Leaving Certificate Examination, 1905
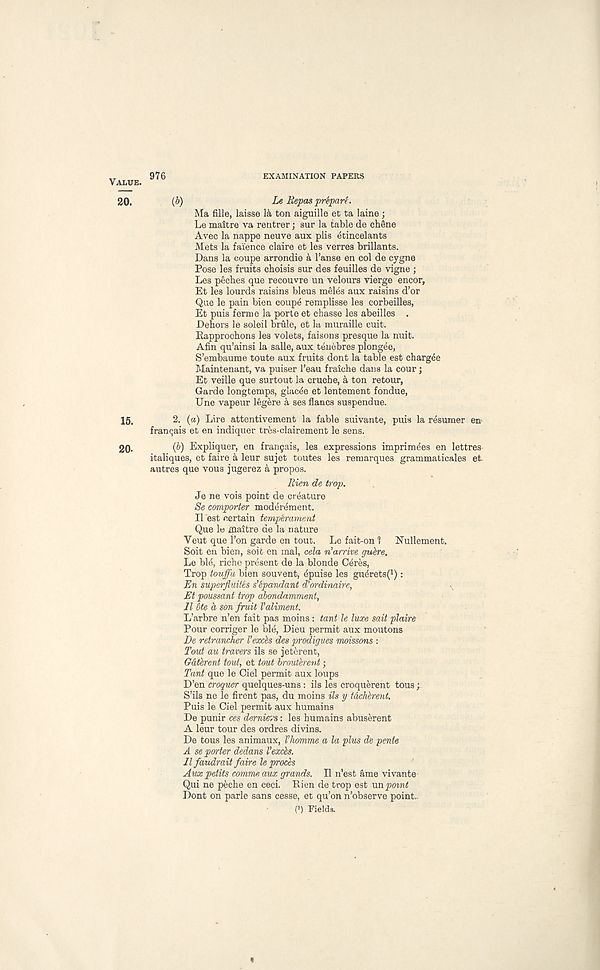
976
EXAMINATION PAPERS
VALUE.
20.
(b)
Le Repos prepare.
Ma fille, laisse la ton aiguille et ta laine ;
Le maitre va rentrer; sur la table de chene
Avec la nappe neuve aux plis etincelants
Mets la faience claire et les verres brillants.
Dans la coupe arrondie & I’anse en col de cygne
Pose les fruits choisis sur des feuilles de vigne ;
Les peches que recouvre un velours vierge encor,
Et les lourds raisins bleus meles aux raisins d’or
Que le pain bien coup4 remplisse les corbeilles,
Et puis feme la porte et chasse les abeilles .
Dehors le soleil brule, et la muraille cuit.
Rapprochons les volets, faisons presque la nuit.
Afin qu’ainsi la salle, aux tenebres plongee,
S’embaume toute aux fruits dont la table est chargee
Maintenant, va puiser 1’eau fraiche dans la cour;
Et veille que surtout la cruche, k ton retour,
Garde longtemps, glac^e et lentement fondue,
Une vapeur legere a ses flancs suspendue.
15.
2. (a) Lire attentivement la fable suivante, puis la r4sumer en
franr;ais et en indiquer tres-clairement le sens.
20.
(b) Expliquer, en frangais, les expressions imprimees en lettres
italiques, et faire a leur sujet toutes les remarques grammaticales et
autres que vous jugerez a propos.
Rien de trap.
Je ne vois point de creature
Se comporter moderement.
II est certain temperament
Que le maitre de la nature
Veut que Ton garde en tout. Le fait-on 1
Nullement.
Soit en bien, soifc en mal, cela n’arrive gube.
Le bhs, riche present de la blonde Ceres,
Trop touffa bien souvent, dpuise les guerets( 1 ):
En superjiuit'es s’^pandant d'ordinaire,
Et poussant trop abondamment,
II 6te b, son fruit Valiment.
L’arbre n’en fait pas moins : tant le luxe sait plaire
Pour corriger le ble, Dieu permit aux moutons
De retrancher Vexch des prodigues moissons :
Tout au trovers ils se jeterent,
Gdtbrent tout, et tout broutbent;
Tmt que le Ciel permit aux loups
D’en croquer quelques-uns: ils les croquerent tous;
S’ils ne le firent pas, du moins ils y tdch'erent.
Puis le Ciel permit aux humains
De punir ces dernievs: les humains abuserent
A leur tour des ordres divins.
De tous les animaux, Vhomme a la plus de pente
A se porter dedans Vexds.
11 faudrait faire le proces
Aux petits comme aux grands. II n’est ame vivante
Qui ne peche en ceci. Rien de trop est un point
Dont on parle sans cesse, et qu’on n’observe point..
P) Fields.